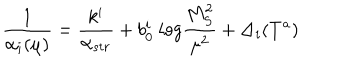
\frac { 1 } { \alpha _ { i } ( \mu ) } = \frac { k ^ { i } } { \alpha _ { s t r } } + b _ { 0 } ^ { i } ~ l o g \frac { M _ { S } ^ { 2 } } { \mu ^ { 2 } } + \Delta _ { i } ( T ^ { a } )